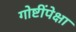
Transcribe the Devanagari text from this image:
गोष्टींपेक्षा